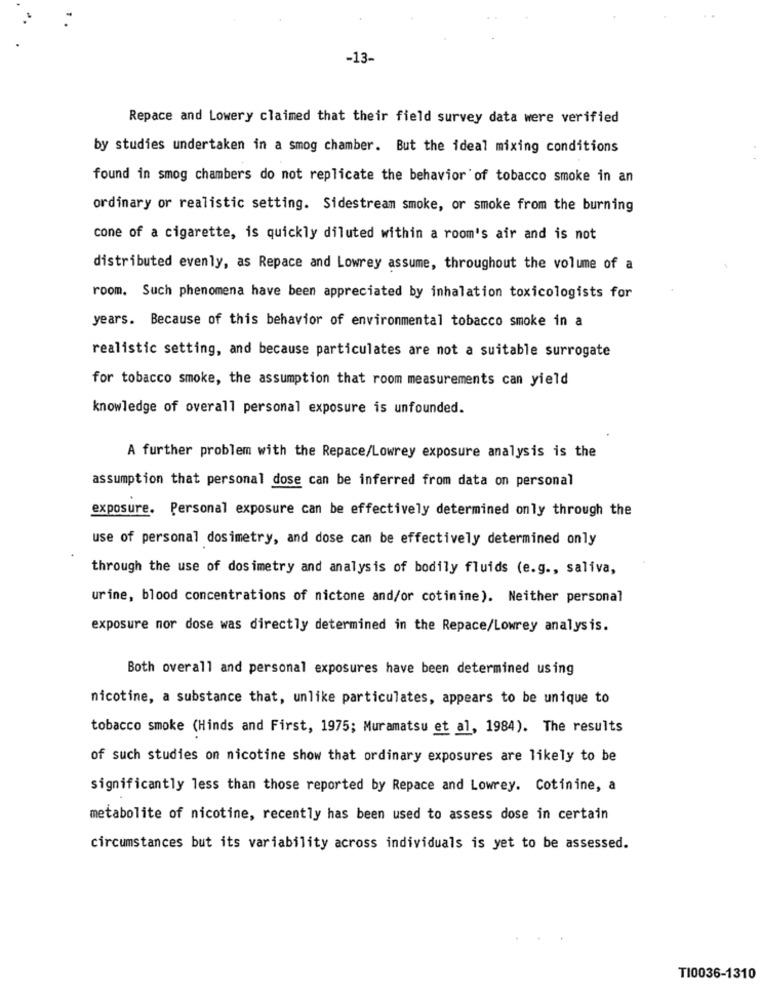
-13-
Repace and Lowery claimed that their field survey data were verified
by studies undertaken in a smog chamber. But the ideal mixing conditions
found in smog chambers do not replicate the behavior of tobacco smoke in an
ordinary or realistic setting. Sidestream smoke, or smoke from the burning
cone of a cigarette, is quickly diluted within a room's air and is not
distributed evenly, as Repace and Lowrey assume, throughout the volume of a
room. Such phenomena have been appreciated by inhalation toxicologists for
years. Because of this behavior of environmental tobacco smoke in a
realistic setting, and because particulates are not a suitable surrogate
for tobacco smoke, the assumption that room measurements can yield
knowledge of overall personal exposure is unfounded.
A further problem with the Repace/Lowrey exposure analysis is the
assumption that personal dose can be inferred from data on personal
exposure. Personal exposure can be effectively determined only through the
use of personal dosimetry, and dose can be effectively determined only
through the use of dosimetry and analysis of bodily fluids (e.g ., saliva,
urine, blood concentrations of nictone and/or cotinine). Neither personal
exposure nor dose was directly determined in the Repace/Lowrey analysis.
Both overall and personal exposures have been determined using
nicotine, a substance that, unlike particulates, appears to be unique to
tobacco smoke (Hinds and First, 1975; Muramatsu et al, 1984). The results
of such studies on nicotine show that ordinary exposures are likely to be
significantly less than those reported by Repace and Lowrey. Cotinine, a
metabolite of nicotine, recently has been used to assess dose in certain
circumstances but its variability across individuals is yet to be assessed.
TI0036-1310